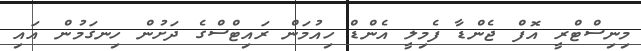
މިނިސްޓްރީ އޮފް ޖެންޑާ ފެމިލީ އެންޑް ހިއުމަން ރައިޓްސްގެ ދަށުން ހިނގަމުން އައި